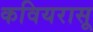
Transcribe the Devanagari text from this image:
कवियरासू